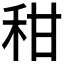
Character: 𥞈